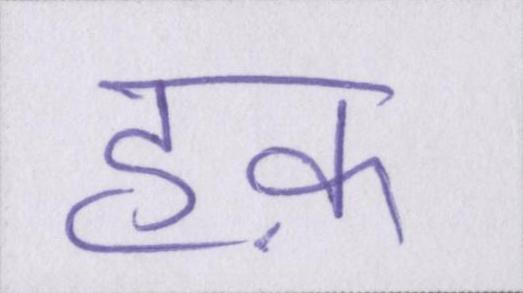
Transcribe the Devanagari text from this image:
हक़